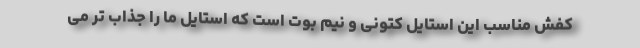
کفش مناسب این استایل کتونی و نیم بوت است که استایل ما را جذاب تر می